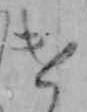
け